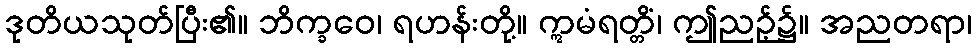
ဒုတိယသုတ်ပြီး၏။ ဘိက္ခဝေ၊ ရဟန်းတို့။ ဣမံရတ္တိံ၊ ဤညဉ့်၌။ အညတရာ၊